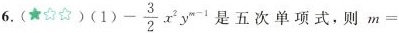
6.(★)(1 (1)-\frac{3}{2} x^{2} y^{m-1}是五次单项式，则$$m =$$